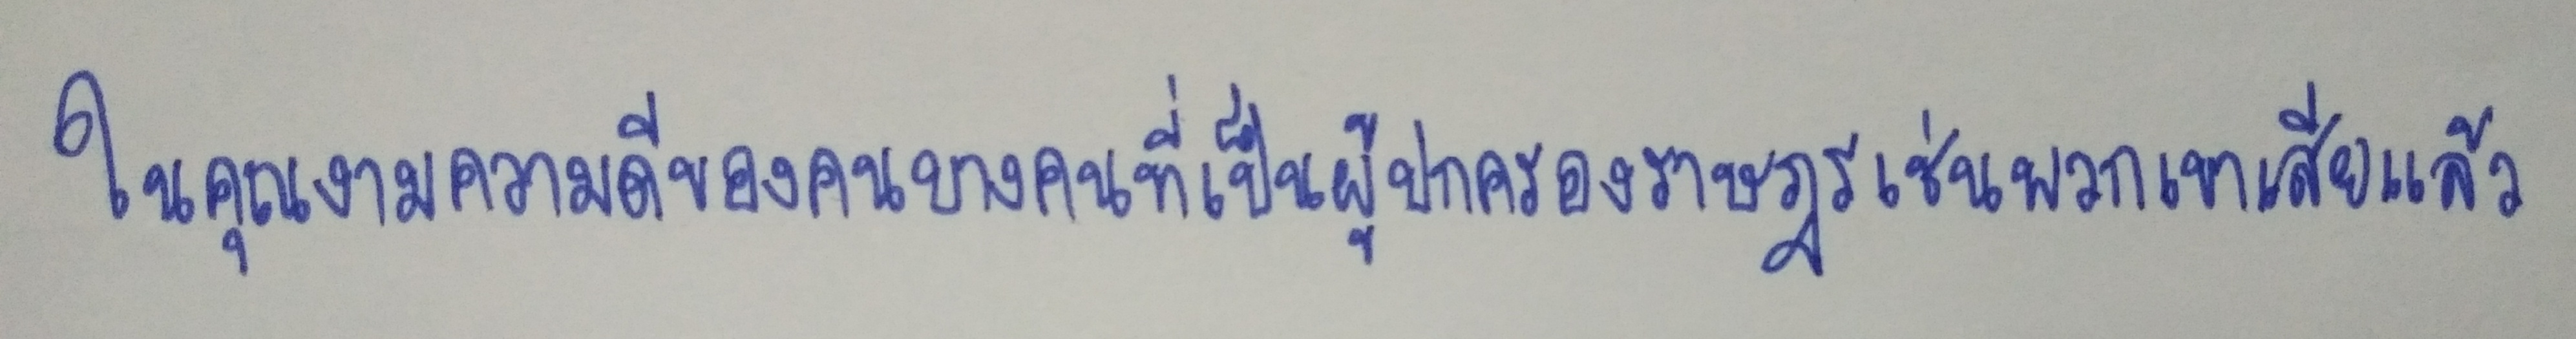
ในคุณงามความดีของคนบางคนที่เป็นผู้ปกครองราษฎรเช่นพวกเขาเสียแล้ว